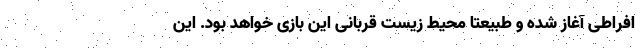
افراطی آغاز شده و طبیعتا محیط زیست قربانی این بازی خواهد بود. این